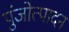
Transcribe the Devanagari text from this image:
पुंजोत्पादन